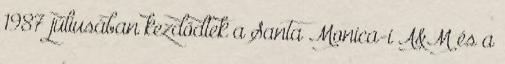
1987 júliusában kezdődtek a Santa Monica-i A&M és a